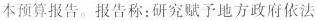
本预算报告。报告称：研究赋予地方政府依法